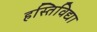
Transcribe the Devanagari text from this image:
हस्तिविद्या